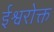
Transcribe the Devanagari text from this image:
ईश्वरोक्त